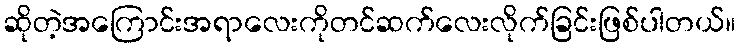
ဆိုတဲ့အကြောင်းအရာလေးကိုတင်ဆက်လေးလိုက်ခြင်းဖြစ်ပါတယ်။